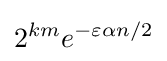
2^{km}e^{-\varepsilon \alpha n/2}\,\!